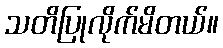
သတိပြုလိုက်မိတယ်။